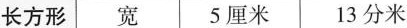
长方形 宽 5厘米13分米